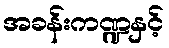
အခန်းကဏ္ဍနှင့်